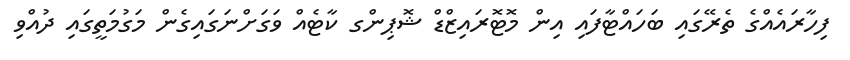
ފިހާރައެއްގެ ތެރޭގައި ބަހައްޓާފައި އިން މޮޓޮރައިޒްޑް ޝޮޕިންގ ކާޓެއް ވަގަށްނަގައިގެން މަގުމަތީގައި ދުއްވި